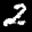
Label: 2